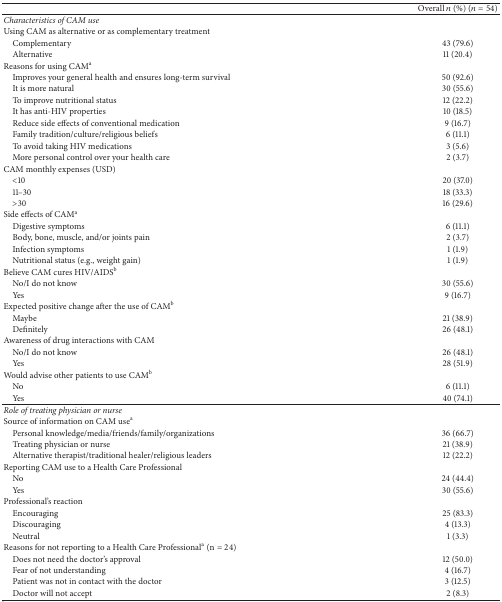
|  | Overall n (%) (n = 54) |
 | --- | --- |
 | Characteristics of CAM use |  |
 | Using CAM as alternative or as complementary treatment |  |
 | Complementary | 43 (79.6) |
 | Alternative | 11 (20.4) |
 | Reasons for using CAMa |  |
 | Improves your general health and ensures long-term survival | 50 (92.6) |
 | It is more natural | 30 (55.6) |
 | To improve nutritional status | 12 (22.2) |
 | It has anti-HIV properties | 10 (18.5) |
 | Reduce side effects of conventional medication | 9 (16.7) |
 | Family tradition/culture/religious beliefs | 6 (11.1) |
 | To avoid taking HIV medications | 3 (5.6) |
 | More personal control over your health care | 2 (3.7) |
 | CAM monthly expenses (USD) |  |
 | <10 | 20 (37.0) |
 | 11–30 | 18 (33.3) |
 | >30 | 16 (29.6) |
 | Side effects of CAMa |  |
 | Digestive symptoms | 6 (11.1) |
 | Body, bone, muscle, and/or joints pain | 2 (3.7) |
 | Infection symptoms | 1 (1.9) |
 | Nutritional status (e.g., weight gain) | 1 (1.9) |
 | Believe CAM cures HIV/AIDSb |  |
 | No/I do not know | 30 (55.6) |
 | Yes | 9 (16.7) |
 | Expected positive change after the use of CAMb |  |
 | Maybe | 21 (38.9) |
 | Definitely | 26 (48.1) |
 | Awareness of drug interactions with CAM |  |
 | No/I do not know | 26 (48.1) |
 | Yes | 28 (51.9) |
 | Would advise other patients to use CAMb |  |
 | No | 6 (11.1) |
 | Yes | 40 (74.1) |
 | Role of treating physician or nurse |  |
 | Source of information on CAM usea |  |
 | Personal knowledge/media/friends/family/organizations | 36 (66.7) |
 | Treating physician or nurse | 21 (38.9) |
 | Alternative therapist/traditional healer/religious leaders | 12 (22.2) |
 | Reporting CAM use to a Health Care Professional |  |
 | No | 24 (44.4) |
 | Yes | 30 (55.6) |
 | Professional's reaction |  |
 | Encouraging | 25 (83.3) |
 | Discouraging | 4 (13.3) |
 | Neutral | 1 (3.3) |
 | Reasons for not reporting to a Health Care Professionala (n = 24) |  |
 | Does not need the doctor's approval | 12 (50.0) |
 | Fear of not understanding | 4 (16.7) |
 | Patient was not in contact with the doctor | 3 (12.5) |
 | Doctor will not accept | 2 (8.3) |